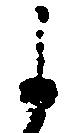
よ